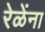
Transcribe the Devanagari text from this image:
रेळेंना